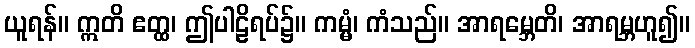
ယူရန်။ ဣတိ ဧတ္ထ၊ ဤပါဠိရပ်၌။ ကမ္မံ၊ ကံသည်။ အာရမ္ဘေတိ၊ အာရမ္ဘဟူ၍။